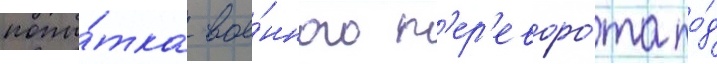
попы́тка вое́нного п'ер'еворо́та по́д